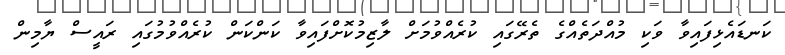
ކަނޑައެޅިފައިވާ ވަކި މުއްދަތެއްގެ ތެރޭގައި ކުރެއްވުމަށް ލާޒިމުކޮށްފައިވާ ކަންކަން ކުރެއްވުމުގައި ރައީސް ޔާމިން